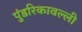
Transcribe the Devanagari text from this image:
पुंडरिकावल्ली